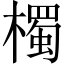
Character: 㯮